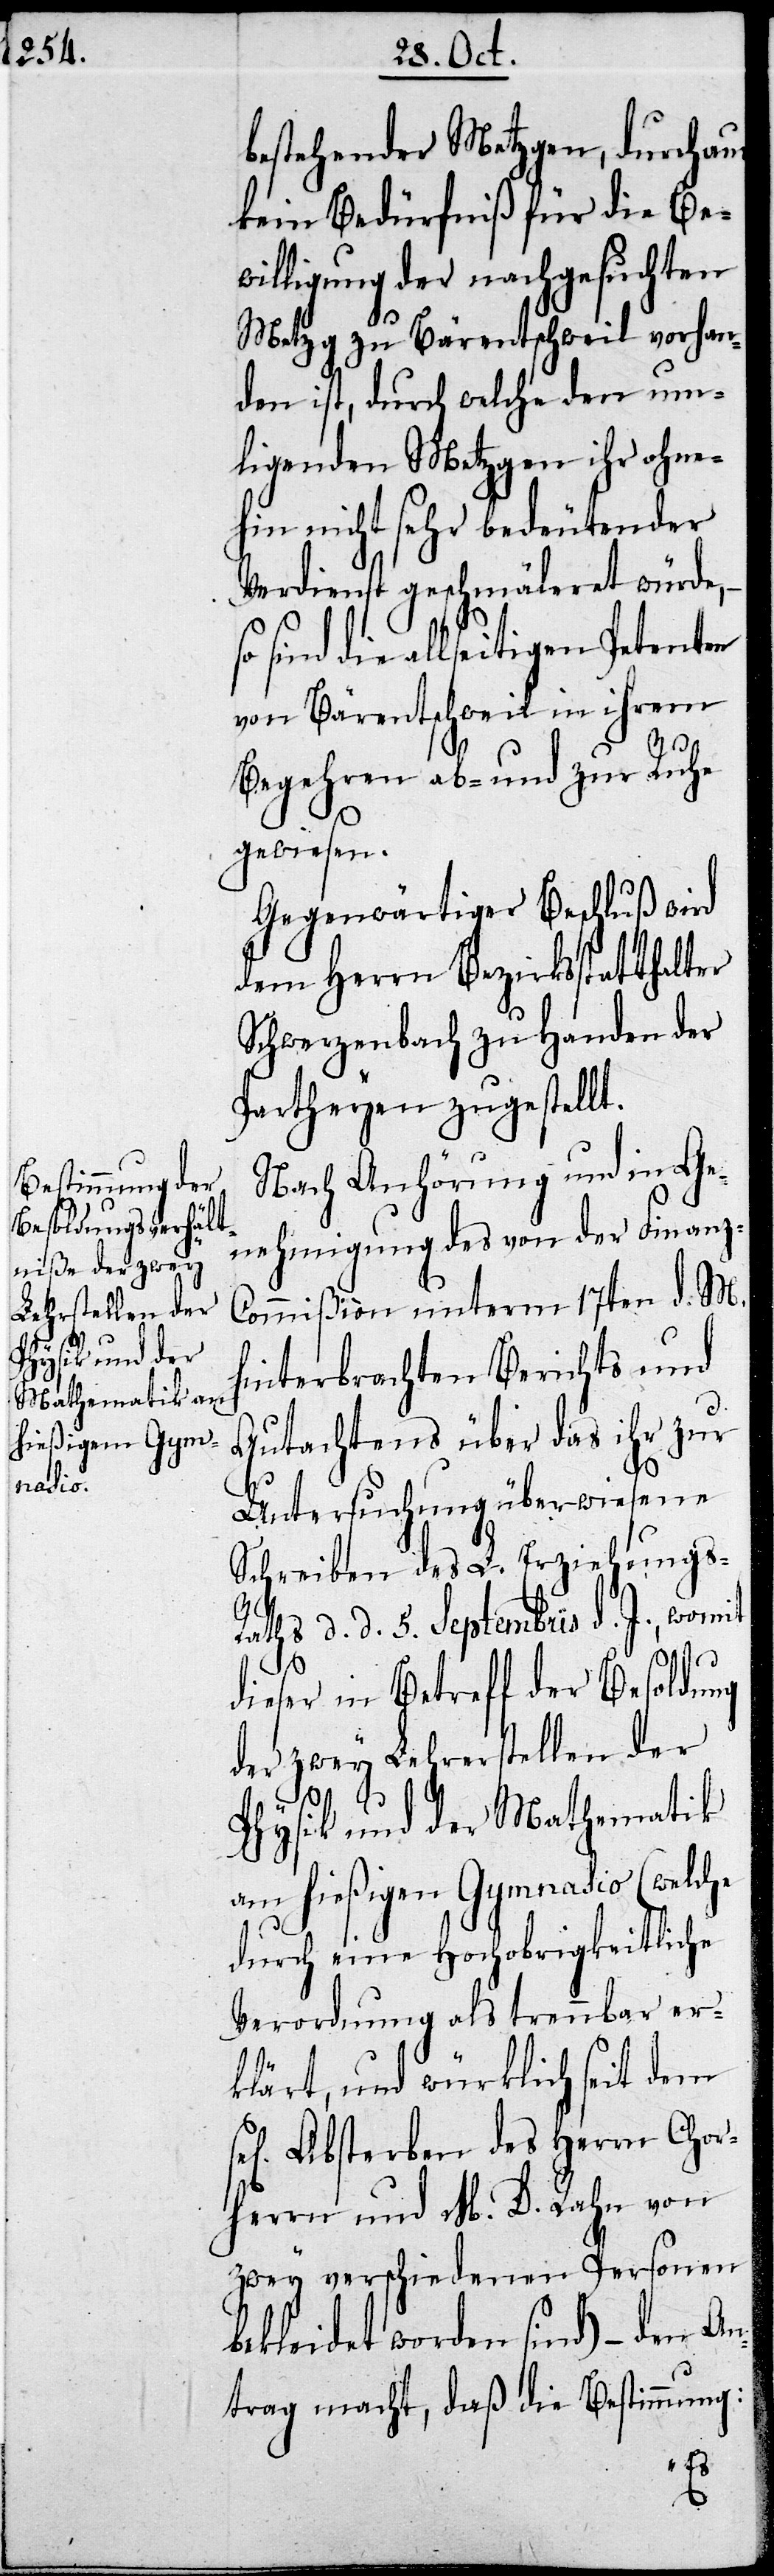
bestehenden Metzgen, durchaus
kein Bedürfniß für die Be¬
willigung der nachgesuchten
Metzg zu Bärentschweil vorhan¬
den ist, durch welche den um¬
liegenden Metzgen ihr ohne¬
hin nicht sehr bedeutender
Verdienst geschmäleret würde,
sind die allseitigen Petenten
von Bärentschweil in ihrem
Begehren ab- und zur Ruhe
gewiesen.
Gegenwärtiger Beschluß wird
dem Herrn Bezirksstatthalter
Schwerzenbach zu Handen der
Partheyen zugestellt.
Nach Anhörung und in Ge¬
nehmigung des von der Finanz-C¬
ommißion unterm 17ten d. M.
hinterbrachten Berichts und
Gutachtens über das ihr zur
Untersuchung überwiesene
Schreiben des L. Erziehungs-R¬
aths d. d. 5. Septembris d. J., worm¬
it
dieser in Betreff der Besoldung
der zwey Lehrstellen der
Physik und der Mathematik
am hießigen Gymnasio (welche
durch eine Hochobrigkeitliche
Verordnung als trennbar er¬
klärt, und würklich seit dem
sel. Absterben des Herrn Chor¬
herren und M. D. Rahn von
zwey verschiedenen Personen
bekleidet worden sind) – den An¬
trag macht, daß die Bestimmung: